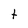
Character: t